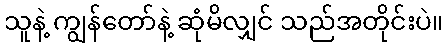
သူနဲ့ ကျွန်တော်နဲ့ ဆုံမိလျှင် သည်အတိုင်းပဲ။